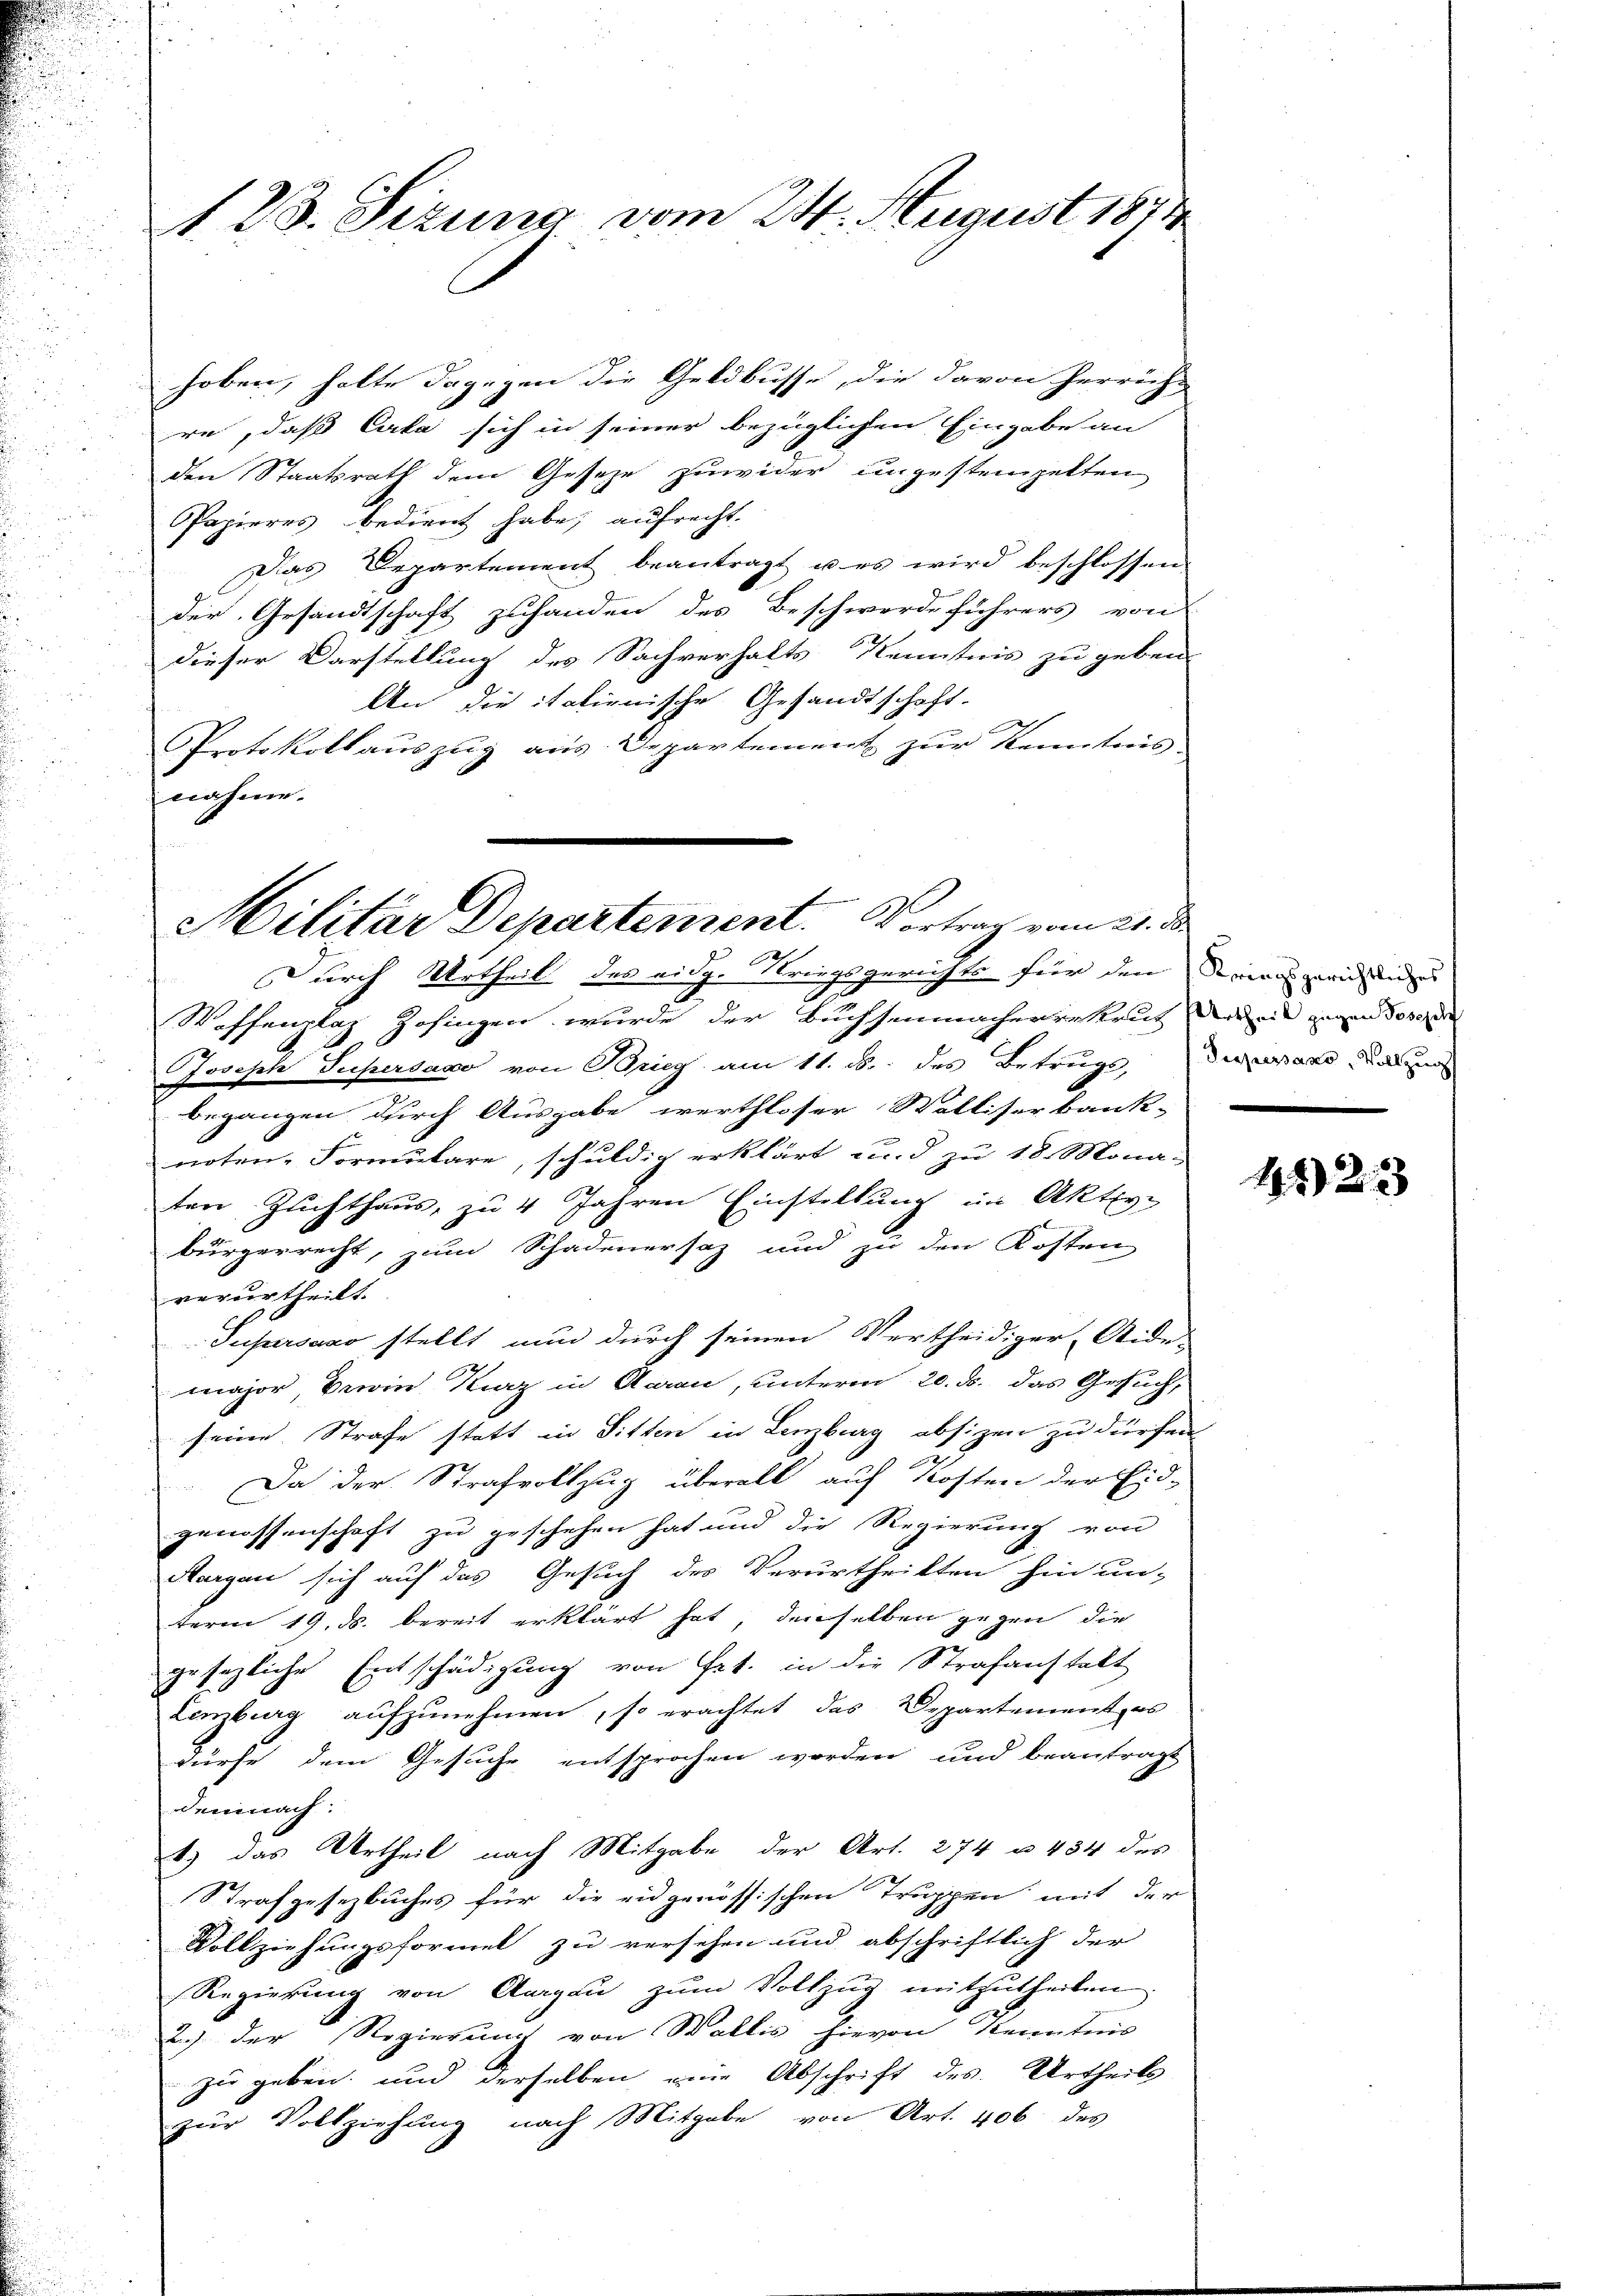
hoben, halte dagegen die Geldbusse, die davon herricht
re, daß Cata sich in seiner bezüglichen Eingabe an
den Staatsrath dem Gesetze zuwider ungestempelten
Opapieres bedient habe; aufrecht.
Das Departement beantragt u es wird beschlossen
der Gesandtschaft zuhanden des Beschwerde führers von
dieser Darstellung des Sachverhalts Kenntnis zu geben
An die italienische Gesandtschaft.
Protokollauszug aus Departement zur Kenntnis-
nahme.
Militär Departement. Vortrag vom 21. d.

123. Sitzung vom 24. August 1871

Durch Urtheil des eidg. Kriegsgerichts für den Seien gerichen un
Woffenplaz Zofingen wurde der Buchsenmachenrekrut der ein gegen des de
Joseph Supersago von Brieg am 11. d. des Betrugs, da war Kan
begangen durch Ausgabe werthloser Walliserbank-
noten-Formulare, schuldig erklärt und zu 18 Mona-
ten Zuchthaus, zu 4 Jahren Einstellung im Akten.
bürgerrecht, zum Schadenersaz und zu den Kosten
verurtheilt.
Supersano stellt nun durch seinen Vertheidiger, Aide-
major, Dein Kurz in Aarau, unterm 20. ds. das Gesuch,
seine Strafe statt in Sitten in Lenzburg absizen zu dürfen.
Da der Strafvollzug überall auf Kosten der Eid-
genossenschaft zu geschehen hat und die Regierung von
Aargau sich auf das Gesuch des Verurtheilten hin un-
term 19. ds. bereit erklärt hat, denselben gegen die
gesezliche Entschädigung von Frk. in die Strafanstalt
Lenzburg aŭfzŭnehmen, so erachtet das Departement, es
dürfe dem Gesuche entsprochen worden und beantragt
demnach:
1) das Urtheil nach Mitgabe der Art. 274 u. 484 des
Strafgesezbuches für die eidgenössischen Truppen mit der
Vollziehungsformel zu versehen und abschriftlich der
Regierung von Aargaŭ zŭm Vollzug mitzutheilen
2. der Regierung von Wallis hievon Kenntnis
zu geben, und derselben eine Abschrift des Urtheils
zŭr Vollziehung nach Mitgabe von Art. 406 des

1323